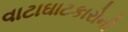
વાટાઘાટકારોની